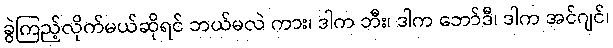
ခွဲကြည့်လိုက်မယ်ဆိုရင် ဘယ်မလဲ ကား၊ ဒါက ဘီး၊ ဒါက ဘော်ဒီ၊ ဒါက အင်ဂျင်၊